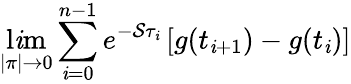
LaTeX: \operatorname*{l\mathit{i}m}_{|\pi|\to0}\sum_{\mathit{i}=0}^{n-1}e^{-\mathcal{S}\tau_{\mathit{i}}}\left[g(t_{\mathit{i}+1})-g(t_{\mathit{i}})\right]